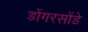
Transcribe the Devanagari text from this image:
डोंगरसोंडे